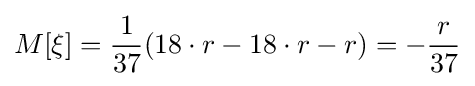
M[\xi ]={\frac {1}{37}}(18\cdot r-18\cdot r-r)=-{\frac {r}{37}}